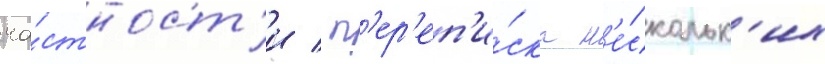
ча́стност'и / п'ер'еп'и́ска н'е́скольк'их